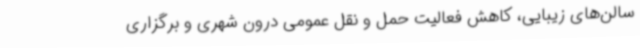
سالن‌های زیبایی، کاهش فعالیت حمل و نقل عمومی درون شهری و برگزاری